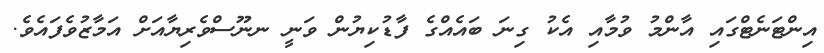
އިންޓަނެޓްގައި އާންމު ވުމާއި އެކު ގިނަ ބައެއްގެ ފާޑުކިޔުން ވަނީ ނނޫސްވެރިޔާއަށް އަމާޒުވެފައެވެ.